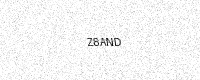
Text: Z8AND